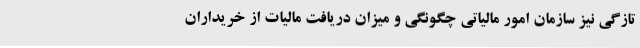
تازگی نیز سازمان امور مالیاتی چگونگی و میزان دریافت مالیات از خریداران